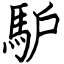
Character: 馿